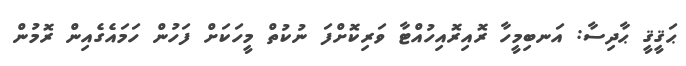
ޙަޤީޤީ ޙާދިސާ: އަނބިމީހާ ރޮއިރޮއިހުއްޓާ ވަރިކޮށްފަ ނުކުތް މީހަކަށް ފަހުން ހަމައެގެއިން ރޮމުން